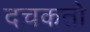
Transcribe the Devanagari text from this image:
दचकतो